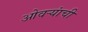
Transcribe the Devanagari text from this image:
ओवऱ्यांची